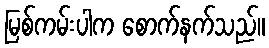
မြစ်ကမ်းပါက စောက်နက်သည်။